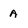
Character: A